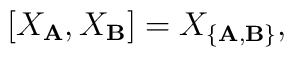
[X_{\bf A}, X_{\bf B}] = X_{\{{\bf A}, {\bf B}\}},